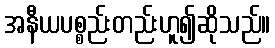
အနီယပစ္စည်းတည်းဟူ၍ဆိုသည်။